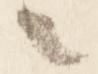
之